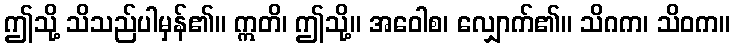
ဤသို့ သိသည်ပါမှန်၏။ ဣတိ၊ ဤသို့။ အဝေါစ၊ လျှောက်၏။ သိဂက၊ သိဝက။